Scottish Leaving Certificate Examination, 1957
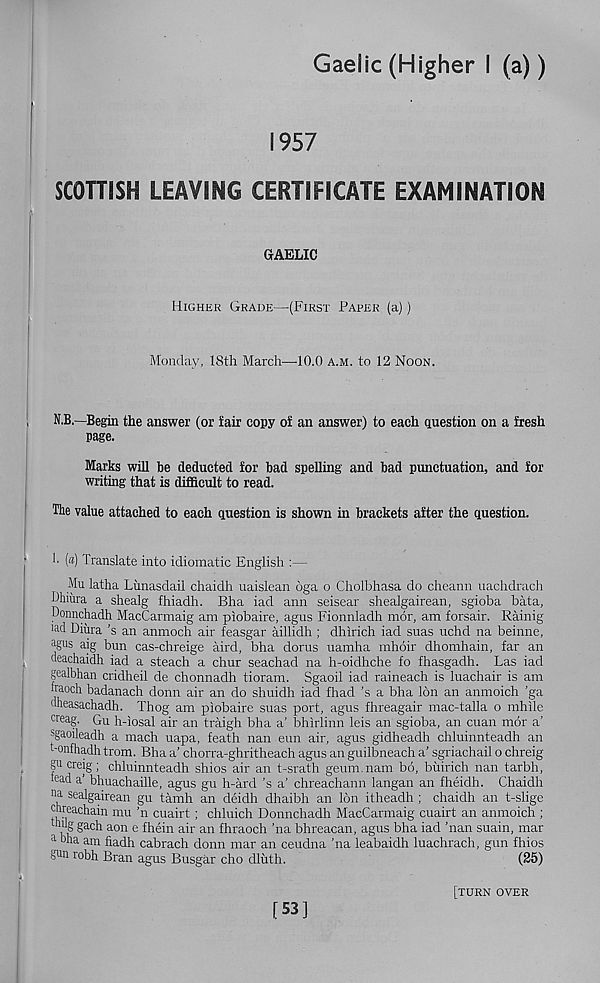
Gaelic (Higher I (a))
1957
SCOTTISH LEAVING CERTIFICATE EXAMINATION
GAELIC
Higher Grade—(First Paper (a))
Monday, 18th March—•10.0 a.m. to 12 Noon.
N.B.—Begin the answer (or fair copy of an answer) to each question on a fresh
page.
Marks will be deducted for bad spelling and bad punctuation, and for
writing that is difficult to read.
The value attached to each question is shown in brackets after the question.
h (a) Translate into idiomatic English :—
Mu latha Lunasdail chaidh uaislean oga o Cholbhasa do cheann uachdrach
jJhiiira a shealg fhiadh. Bha iad aim seisear shealgairean, sgioba bata,
Oonnchadh MacCarmaig am piobaire, agus Fionnladh mor, am forsair. Rainig
iad Diiira’s an anmoch air feasgar aillidh ; dhirich iad suas uchd na beinne,
agus aig bun cas-chreige aird, bha dorus uamha mhoir dhomhain, far an
deachaidh iad a steach a chur seachad na h-oidhche fo fhasgadh. Las iad
gealbhan cridheil de chonnadh tioram. Sgaoil iad raineach is luachair is am
traoch badanach donn air an do shuidh iad fhad ’s a bha Ion an anmoich ’ga
dheasachadh. Thog am piobaire suas port, agus fhreagair mac-talla o mhile
creag. Gu h-iosal air an traigh bha a’ bhirlinn leis an sgioba, an cuan mor a’
sgaoileadh a mach uapa, feath nan eun air, agus gidheadh chluinnteadh an
t-onfhadhtrom. Bha a’ chorra-ghritheach agus an guilbneach a’ sgriachail o chreig
gucreig; chluinnteadh shios air an t-srath geum.nam bo, buirich nan tarbh,
Pad a’ bhuachaille, agus gu h-ard ’s a’ chreachann langan an fheidh. Chaidh
na sealgairean gu tamh an deidh dhaibh an Ion itheadh ; chaidh an t-slige
chreachain mu ’n cuairt; chluich Donnchadh MacCarmaig cuairt an anmoich ;
bnlg gach aon e fhein air an fhraoch ’na bhreacan, agus bha iad ’nan suain, mar
a bha am fiadh cabrach donn mar an ceudna ’na leabaidh ftachrach, gun fhios
gnu robh Bran agus Busgar cho dluth.
(25)
[53]
[turn over